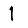
Digit: 1